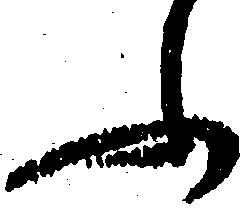
ふ